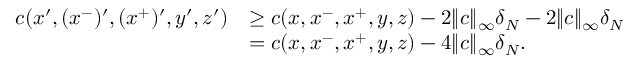
\begin{array} { r l } { c ( x ^ { \prime } , ( x ^ { - } ) ^ { \prime } , ( x ^ { + } ) ^ { \prime } , y ^ { \prime } , z ^ { \prime } ) } & { \geq c ( x , x ^ { - } , x ^ { + } , y , z ) - 2 \| c \| _ { \infty } \delta _ { N } - 2 \| c \| _ { \infty } \delta _ { N } } \\ & { = c ( x , x ^ { - } , x ^ { + } , y , z ) - 4 \| c \| _ { \infty } \delta _ { N } . } \end{array}